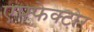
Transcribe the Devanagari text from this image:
एफ्फेक्टोर